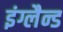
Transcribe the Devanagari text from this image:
इंग्लैन्ड